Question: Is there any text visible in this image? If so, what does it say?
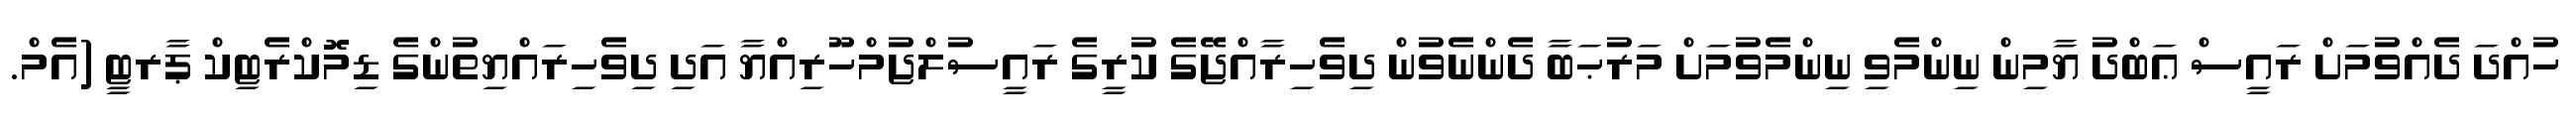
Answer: ހުއްދަ ދެއްވުމަށް ރައީސް ޢަބްދު ޔާމިން ނިންމެވި ނިންމެވުމަށް މަރުޙަބާ ދެންނެވުން ދިވެހިރާއްޖޭގެ ކުރީގެ ރައީސުލްޖުމްހޫރިއްޔާ އަދި ދިވެހިރައްޔިތުންގެ ޑިމޮކްރެޓިކް ޕާރޓީ (އެމް.